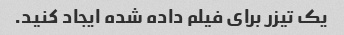
یک تیزر برای فیلم داده شده ایجاد کنید.